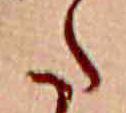
た